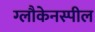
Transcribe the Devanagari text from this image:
ग्लौकेनस्पील